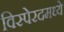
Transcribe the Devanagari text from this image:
विस्पेरदमध्ये